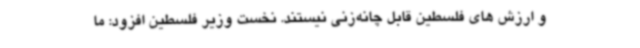
و ارزش های فلسطین قابل چانه‌زنی نیستند. نخست وزیر فلسطین افزود: ما